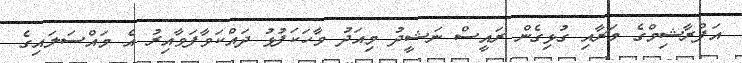
އަފްރާޝިމްގެ މަރާއި ގުޅިގެން ރައީސް ނަޝީދު މިއަދު ވާހަކަފުޅު ދައްކަވާފަވާއިރު އެ މައްސަލައިގެ